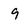
Character: 9